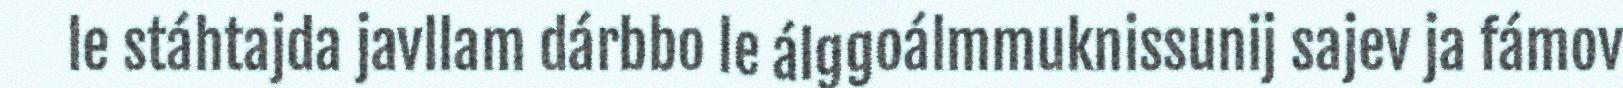
le stáhtajda javllam dárbbo le álggoálmmuknissunij sajev ja fámov